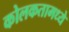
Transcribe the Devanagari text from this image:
कोलकतामध्ये